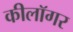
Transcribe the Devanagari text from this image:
कीलॉगर